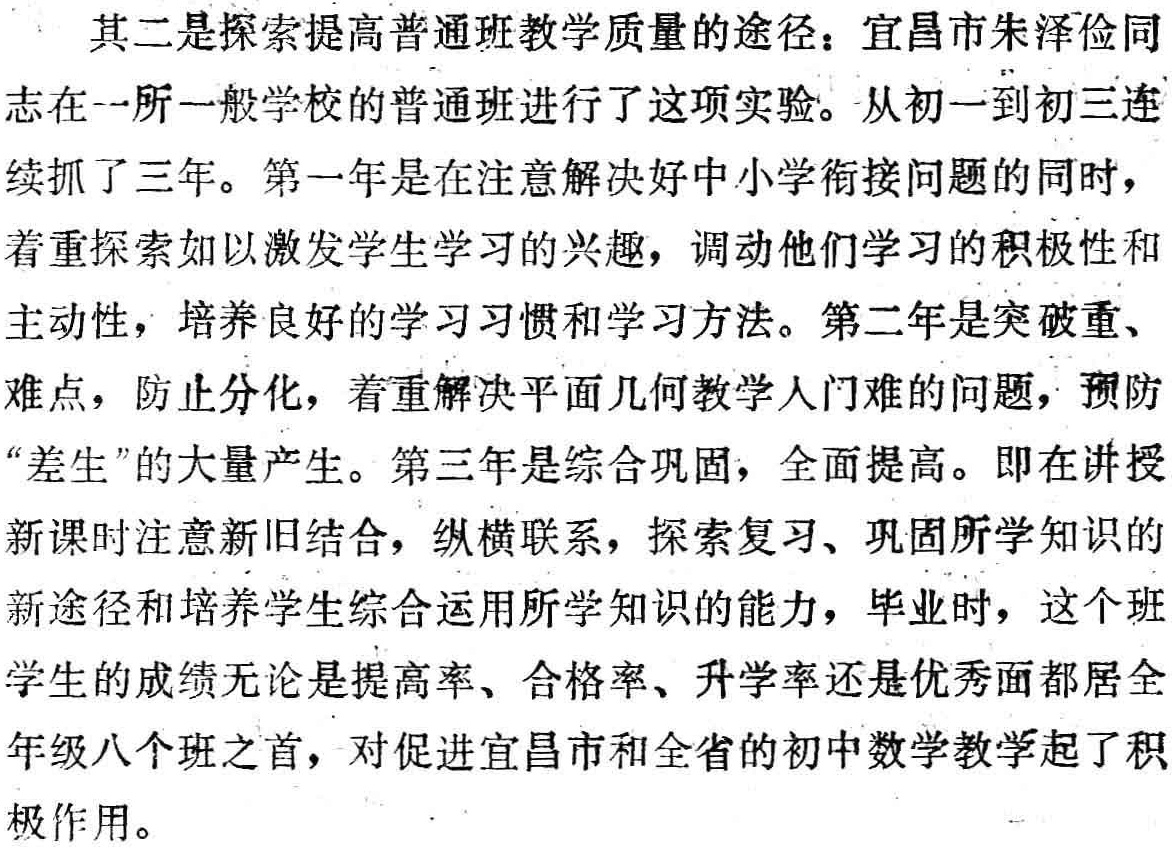
其二是探索提高普通班教学质量的途径：宜昌市朱泽俭同
志在一所一般学校的普通班进行了这项实验。从初一到初三连
续抓了三年。第一年是在注意解决好中小学衔接问题的同时，
着重探索如以激发学生学习的兴趣，调动他们学习的积极性和
主动性，培养良好的学习习惯和学习方法。第二年是突破重、
难点，防止分化，着重解决平面几何教学人门难的问题，预防
“差生”的大量产生。第三年是综合巩固，全面提高。即在讲授
新课时注意新旧结合，纵横联系，探索复习、巩固所学知识的
新途径和培养学生综合运用所学知识的能力，毕业时，这个班
学生的成绩无论是提高率、合格率、升学率还是优秀面都居全
年级八个班之首，对促进宜昌市和全省的初中数学教学起了积
极作用。